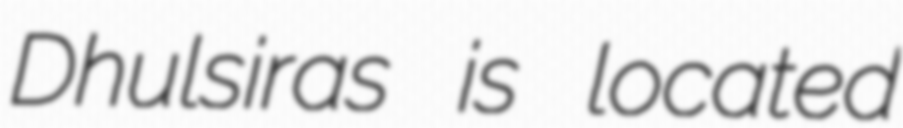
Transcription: Dhulsiras is located